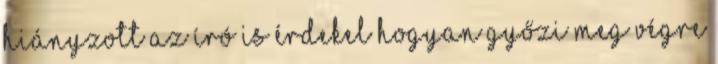
hiányzott az író is érdekel hogyan győzi meg végre